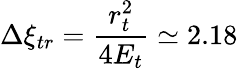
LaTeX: \Delta\xi_{tr}=\frac{r_{t}^{2}}{4E_{t}}\simeq 2.18